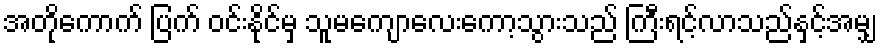
အတိုကောက် ပြက် ဝင်းနိုင်မှ သူမကျောလေးကော့သွားသည် ကြီးရင့်လာသည်နှင့်အမျှ